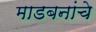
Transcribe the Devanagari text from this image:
माडबनांचे